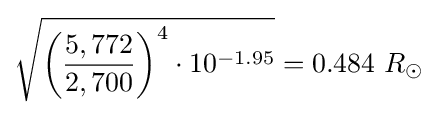
{\sqrt {{\biggl (}{\frac {5,772}{2,700}}{\biggr )}^{4}\cdot 10^{-1.95}}}=0.484\ R_{\odot }